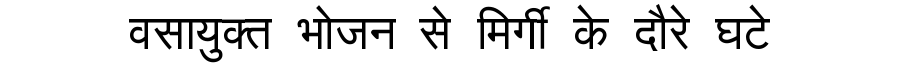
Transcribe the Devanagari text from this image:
वसायुक्त भोजन से मिर्गी के दौरे घटे